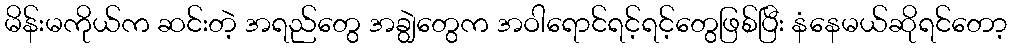
မိန်းမကိုယ်က ဆင်းတဲ့ အရည်တွေ အချွဲတွေက အဝါရောင်ရင့်ရင့်တွေဖြစ်ပြီး နံနေမယ်ဆိုရင်တော့